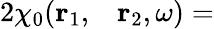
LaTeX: \begin{array}{rlrl}{{2}\chi_{0}(\mathbf{r}_{1},}&{{}\mathbf{r}_{2},\omega)=}\end{array}